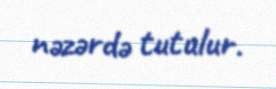
nəzərdə tutulur.